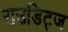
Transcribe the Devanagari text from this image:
राउडिट्ज